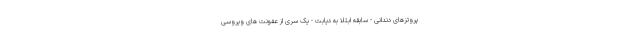
پروتزهای دندانی - سابقه ابتلا به دیابت - یک سری از عفونت های ویروسی